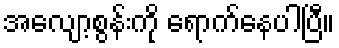
အလျော့စွန်းကို ရောက်နေပါပြီ။